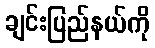
ချင်းပြည်နယ်ကို